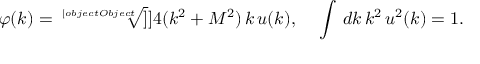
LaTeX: \varphi ( k ) = \sqrt [ [object Object] ] ] { 4 ( k ^ { 2 } + M ^ { 2 } ) } \, k \, u ( k ) , ~ ~ ~ \int \, d k \, k ^ { 2 } \, u ^ { 2 } ( k ) = 1 .